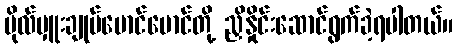
ဗိုလ်မှူးချုပ်မောင်မောင်တို့ ညှိနှိုင်းဆောင်ရွက်ခဲ့ရပါတယ်။